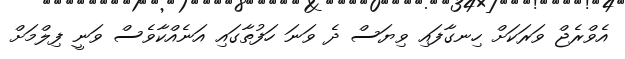
އެވްރެޖް ވަރަކަށް ހިނގާފައި ވިޔަސް ދެ ވަނަ ހަފުތާގައި އަނެއްކާވެސް ވަނީ ފިލްމަށް